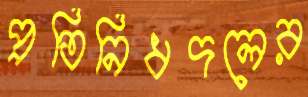
প্রতিনিধদলের